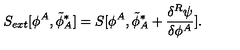
S _ { e x t } [ \phi ^ { A } , { \tilde { \phi } } _ { A } ^ { * } ] = S [ \phi ^ { A } , { \tilde { \phi } } _ { A } ^ { * } + \frac { \delta ^ { R } \psi } { \delta \phi ^ { A } } ] .